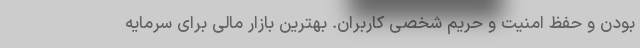
بودن و حفظ امنیت و حریم شخصی کاربران. بهترین بازار مالی برای سرمایه